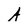
Character: A